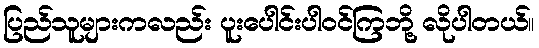
ပြည်သူများကလည်း ပူးပေါင်းပါဝင်ကြဘို့ လိုပါတယ်။